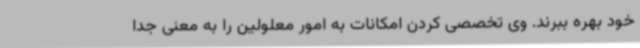
خود بهره ببرند. وی تخصصی کردن امکانات به امور معلولین را به معنی جدا